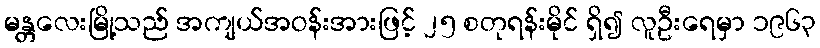
မန္တလေးမြို့သည် အကျယ်အဝန်းအားဖြင့် ၂၅ စတုရန်းမိုင် ရှိ၍ လူဦးရေမှာ ၁၉၆၃